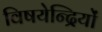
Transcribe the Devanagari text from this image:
विषयेन्द्रियों